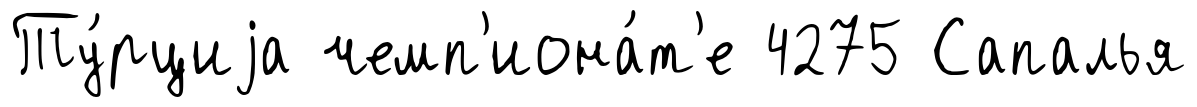
Ту́рциjа чемп'иона́т'е 4275 Сапалья